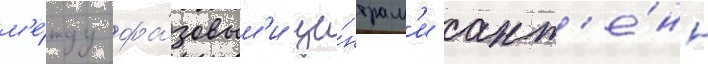
м'е́жду фа́зовым'и це́нтрам'и ант'е́нн